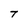
Character: T